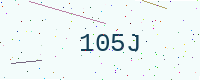
Text: 105J